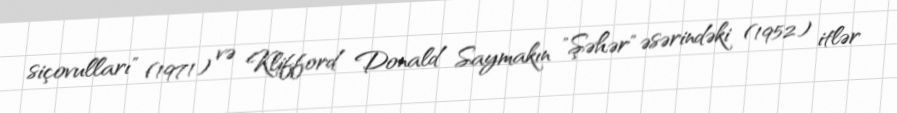
siçovulları" (1971) və Klifford Donald Saymakın "Şəhər" əsərindəki (1952) itlər